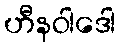
ဟီနဝါဒေါ